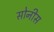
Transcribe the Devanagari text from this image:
सोनीस